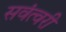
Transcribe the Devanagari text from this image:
सवंत्वरी